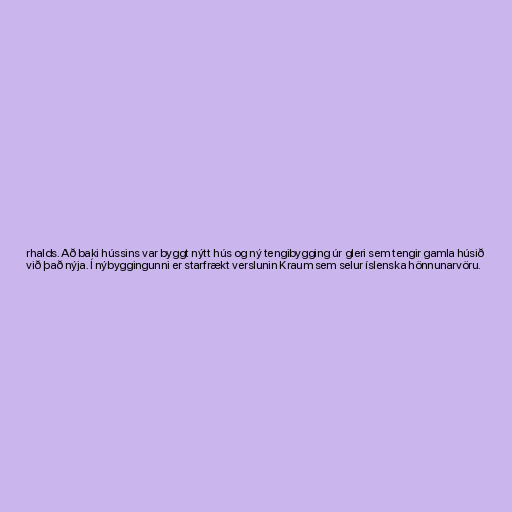
rhalds. Að baki hússins var byggt nýtt hús og ný tengibygging úr gleri sem tengir gamla húsið
við það nýja. Í nýbyggingunni er starfrækt verslunin Kraum sem selur íslenska hönnunarvöru.